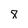
Character: 8